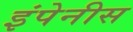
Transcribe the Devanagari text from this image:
इंपेनीस